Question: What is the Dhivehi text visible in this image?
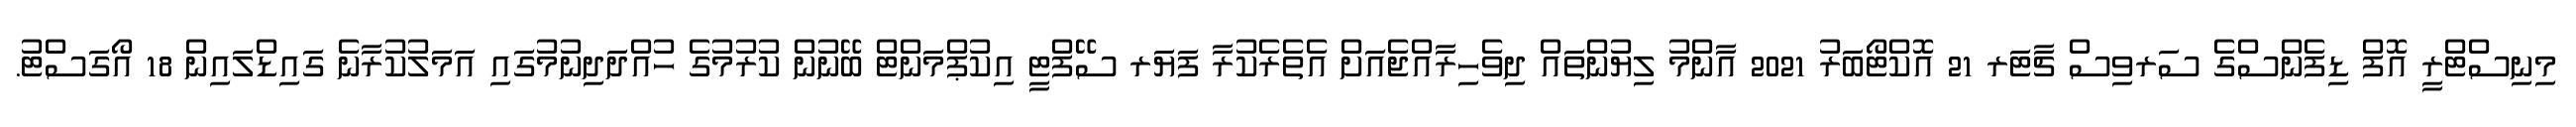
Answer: މިނިސްޓްރީ އޮފް ޑިފެންސްގެ ސަރވިސް ޗާޓަރ 21 އޮކްޓޯބަރު 2021 އާންމު ލިޔުންތައް ދިވެހިރާއްޖެއަށް އެތެރެކުރާ ފަޔަރ ސޭފްޓީ އިކުޕްމަންޓް ބޭނުން ކުރުމުގެ ހުއްދަދިނުމުގައި އަމަލުކުރާނެ ގައިޑްލައިން 18 އޯގަސްޓު.